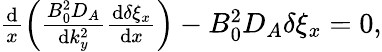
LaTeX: \begin{array}{r}{\frac{\textrm{d}}{x}\left(\frac{B_{0}^{2}D_{A}}{\textrm{d}k_{y}^{2}}\frac{\textrm{d}\delta\xi_{x}}{\textrm{d}x}\right)-B_{0}^{2}D_{A}\delta\xi_{x}=0,}\end{array}